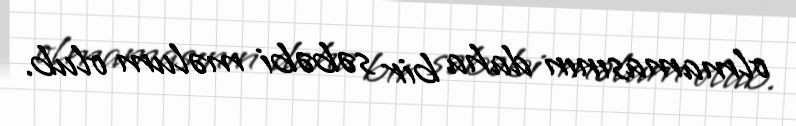
olmamasının daha bir səbəbi məlum olub.